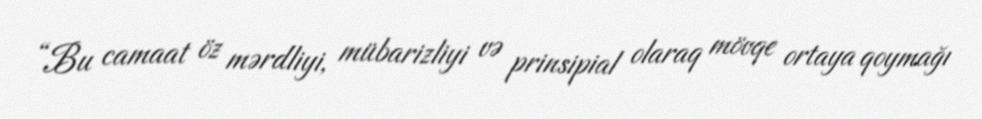
“Bu camaat öz mərdliyi, mübarizliyi və prinsipial olaraq mövqe ortaya qoymağı